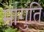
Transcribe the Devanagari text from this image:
मागुति